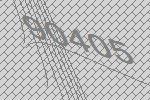
90405